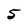
Character: 5